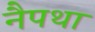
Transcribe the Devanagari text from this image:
नैपथा